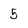
Character: 5